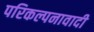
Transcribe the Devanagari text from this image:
परिकल्पनावादी